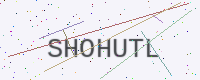
Text: SHOHUTL